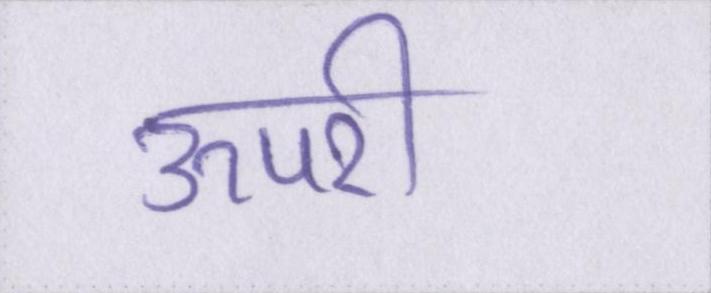
ऊपरी